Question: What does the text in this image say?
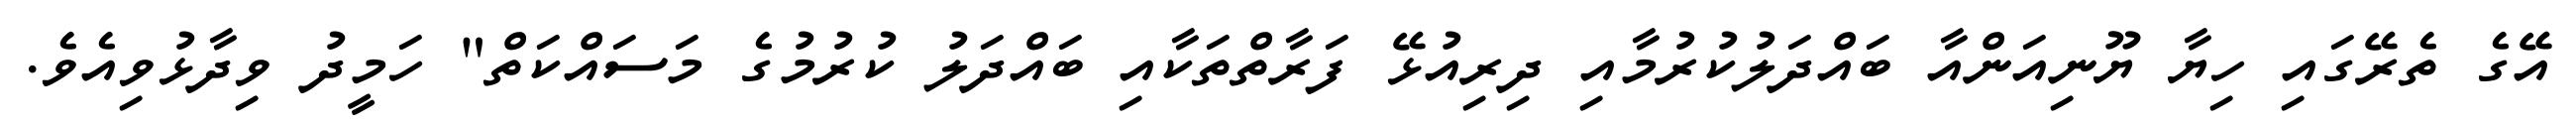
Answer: އޭގެ ތެރޭގައި ހިޔާ ޔޫނިއަންއާ ބައްދަލުކުރުމާއި ދިރިއުޅޭ ފަރާތްތަކާއި ބައްދަލު ކުރުމުގެ މަސައްކަތް" ހަމީދު ވިދާޅުވިއެވެ.